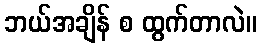
ဘယ်အချိန် စ ထွက်တာလဲ။